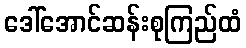
ဒေါ်အောင်ဆန်းစုကြည်ထံ